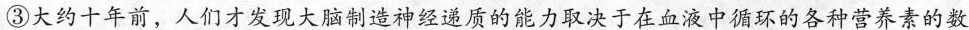
③大约十年前，人们才发现大脑制造神经递质的能力取决于在血液中循环的各种营养素的数